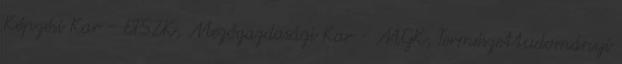
Képzési Kar - ETSZK, Mezőgazdasági Kar - MGK, Természettudományi